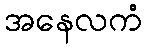
အနေလကံ